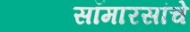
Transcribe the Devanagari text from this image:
सॉमारसांचे